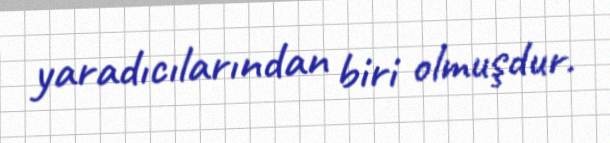
yaradıcılarından biri olmuşdur.